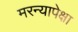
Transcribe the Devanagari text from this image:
मरन्यापेक्षा